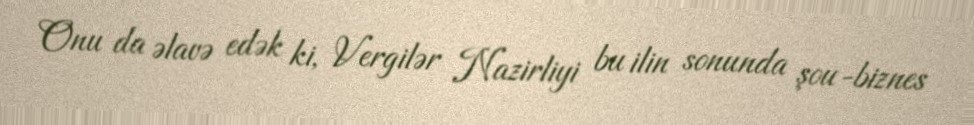
Onu da əlavə edək ki, Vergilər Nazirliyi bu ilin sonunda şou-biznes